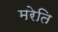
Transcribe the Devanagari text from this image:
मरेति